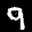
Label: 9